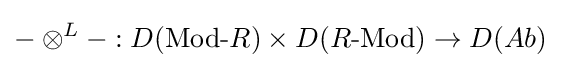
-\otimes ^{L}-:D({\text{Mod-}}R)\times D(R{\text{-Mod}})\to D(Ab)